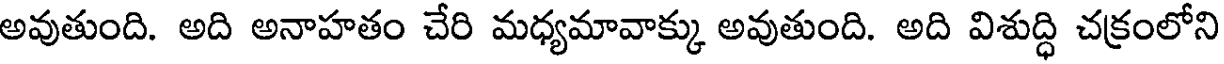
అవుతుంది. అది అనాహతం చేరి మధ్యమావాక్కు అవుతుంది. అది విశుద్ధి చక్రంలోని